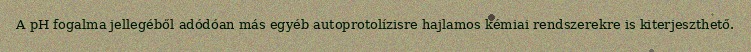
A pH fogalma jellegéből adódóan más egyéb autoprotolízisre hajlamos kémiai rendszerekre is kiterjeszthető.